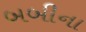
બબીના